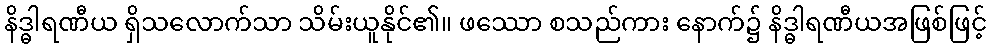
နိဒ္ဓါရဏီယ ရှိသလောက်သာ သိမ်းယူနိုင်၏။ ဖဿော စသည်ကား နောက်၌ နိဒ္ဓါရဏီယအဖြစ်ဖြင့်